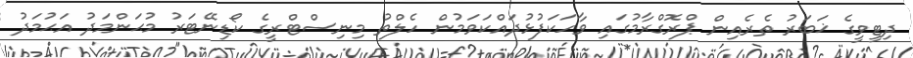
ދިޓީވީގެ ޚަބަރު ތެރެއިން ޕްރޮގްރާމުގައި ވާހަކަފުޅުދައްކަވަމުން ހެލްތު މިނިސްޓްރީގެ ކޯޑިނޭޓަރު މުޙަންމަދު އަޙުމަދު